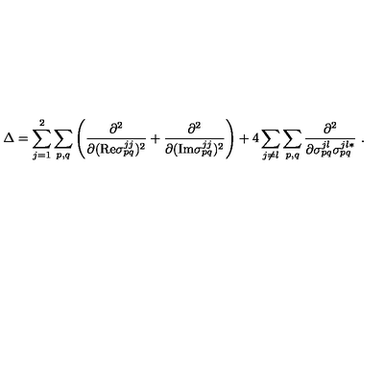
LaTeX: \Delta = \sum _ { j = 1 } ^ { 2 } \sum _ { p , q } \left( \frac { \partial ^ { 2 } } { \partial ( \mathrm { R e } \sigma _ { p q } ^ { j j } ) ^ { 2 } } + \frac { \partial ^ { 2 } } { \partial ( \mathrm { I m } \sigma _ { p q } ^ { j j } ) ^ { 2 } } \right) + 4 \sum _ { j \neq l } \sum _ { p , q } \frac { \partial ^ { 2 } } { \partial \sigma _ { p q } ^ { j l } \sigma _ { p q } ^ { j l * } } \ .